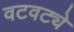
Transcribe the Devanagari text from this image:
वटवट्ये